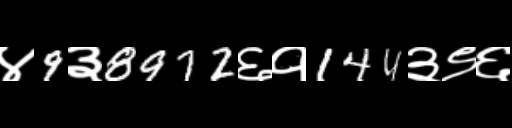
Text: ४9३8972६१144३९६